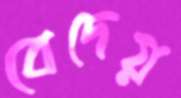
বেদেয়